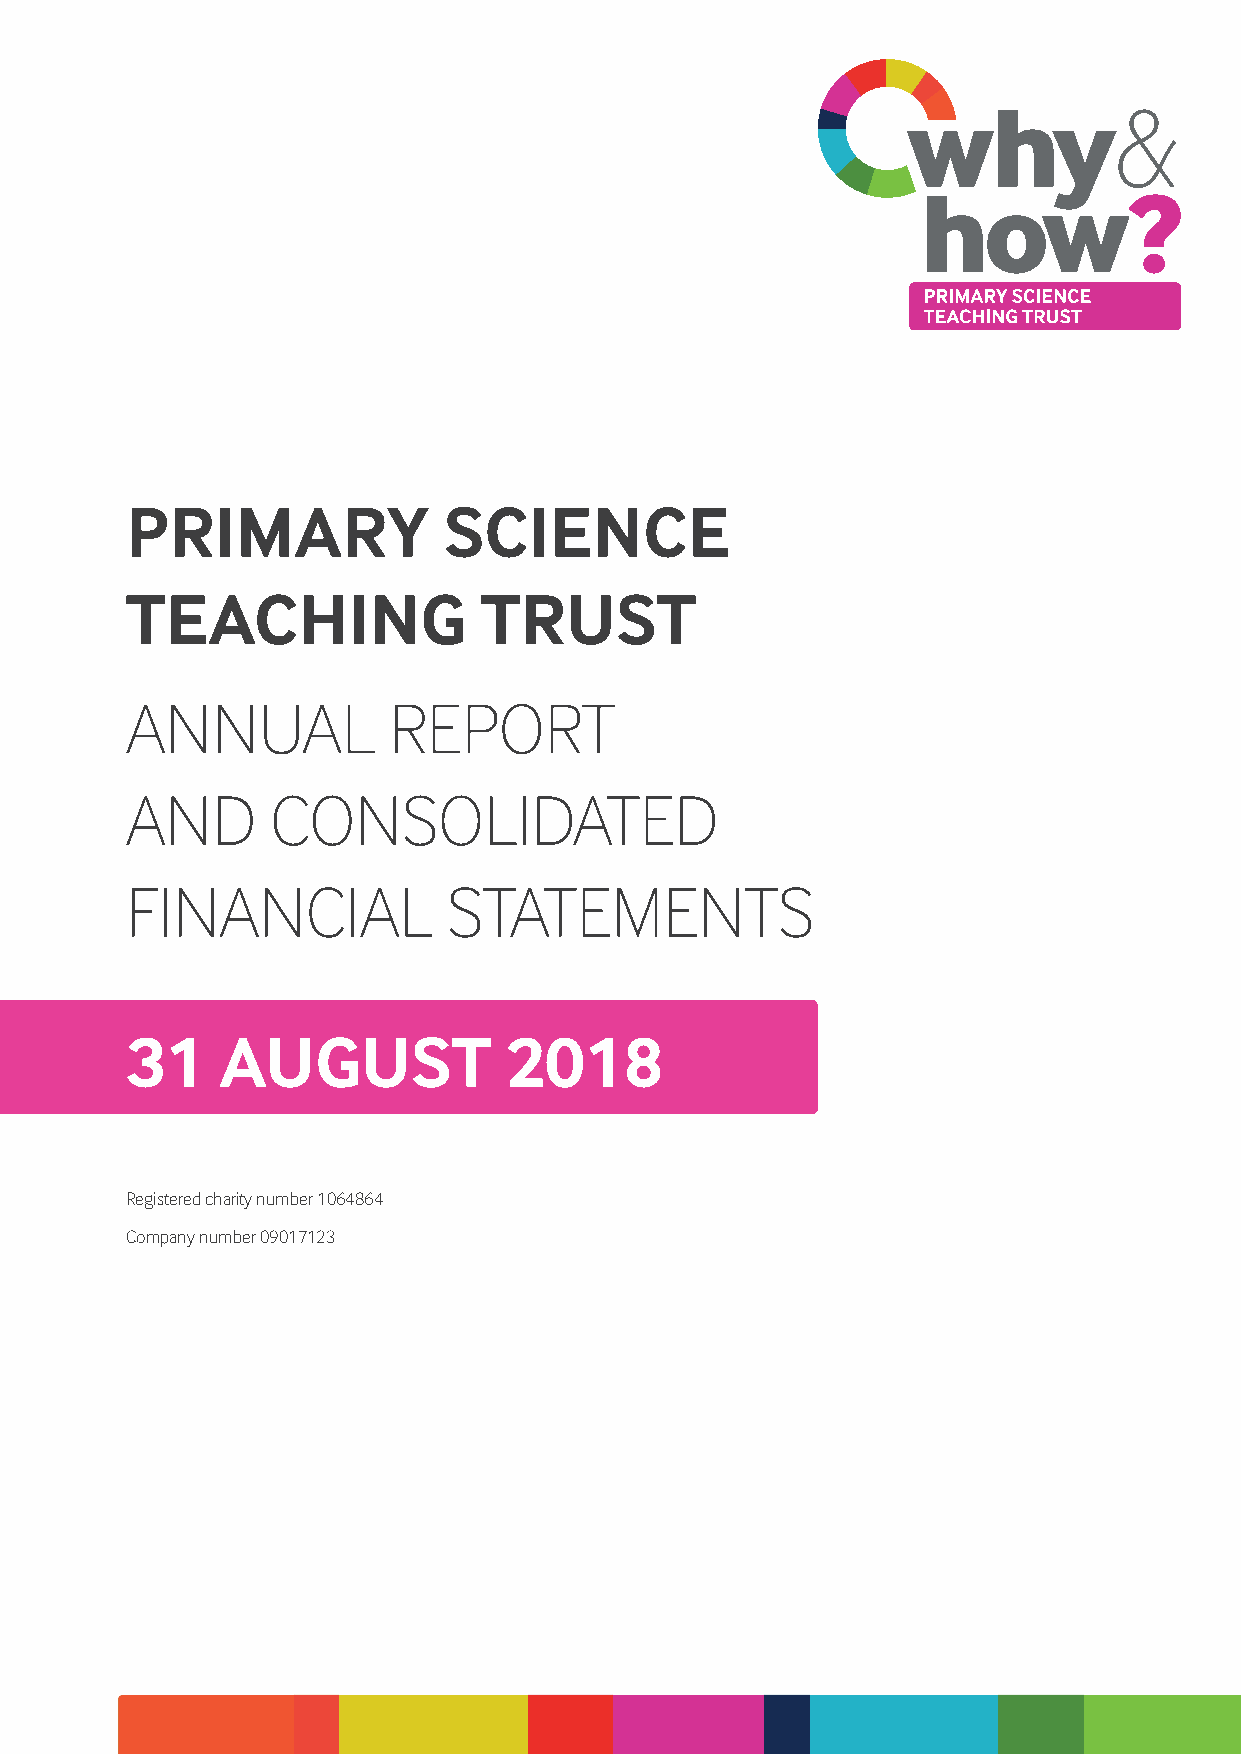
why&
 how?
 PRIMARY              SCIENCE
 TEACHING                TRUST
 ANNUAL            REPORT
 AND       CONSOLIDATED
 FINANCIAL             STATEMENTS
 31     AUGUST            2018
 Registered charity number 1064864
 Company number 09017123